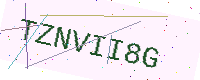
Text: TZNVII8G